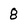
Character: 8